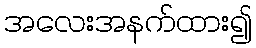
အလေးအနက်ထား၍